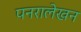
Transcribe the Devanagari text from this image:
पनरालेखन